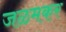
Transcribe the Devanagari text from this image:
जळमकर